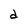
Character: d